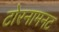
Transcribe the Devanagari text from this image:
टोरनामनट